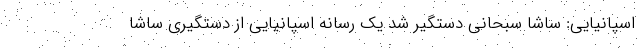
اسپانیایی: ساشا سبحانی دستگیر شد یک رسانه اسپانیایی از دستگیری ساشا